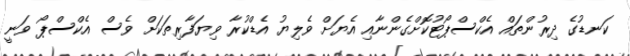
ކަނޑުގެ ދިރުންތައް އެކްސްޕޯޓުކޮށްގެންނާއި އެޔަށް ވެލިޔު އެޑްކުރާ ވިޔަފާރިތަކަށް ވެސް އެކްސްޕޯ ވަނީ